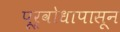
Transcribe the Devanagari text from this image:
पूर्वोधापासून